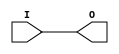
//    Xilinx Proprietary Primitive Cell X_BUF for Verilog
//
// $Header: /devl/xcs/repo/env/Databases/CAEInterfaces/verplex_libs/data/simprims/X_BUF.v,v 1.3.198.3 2004/09/28 20:47:45 wloo Exp $
//

`celldefine
`timescale 1 ps/1 ps

module X_BUF (O, I);

  output O;
  input I;

  buf (O, I);

endmodule